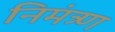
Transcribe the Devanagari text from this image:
निमंत्र्ण